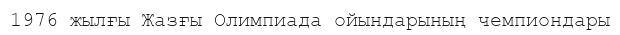
1976 жылғы Жазғы Олимпиада ойындарының чемпиондары